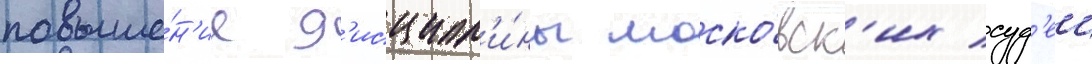
повыше́н'ие д'исципл'и́ны моско́вск'их суд'еи